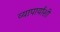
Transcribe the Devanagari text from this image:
व्यापार्यांशी